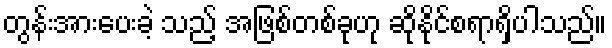
တွန်းအားပေးခဲ့ သည့် အဖြစ်တစ်ခုဟု ဆိုနိုင်စရာရှိပါသည်။